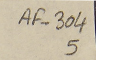
AF-304 5